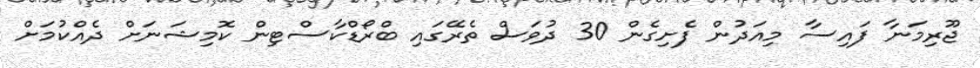
ޖޫރިމަނާ ފައިސާ މިއަދުން ފެށިގެން 30 ދުވަސް ތެރޭގައި ބްރޯޑްކާސްޓިން ކޮމިޝަނަށް ދެއްކުމަށް